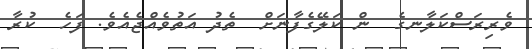
ވެރިރަސްކަލާނގެ  ން ކަލޭގެފާނަށް  ތެދު އަތުވެއްޖެއެވެ. ފަހެ  ކުރާ